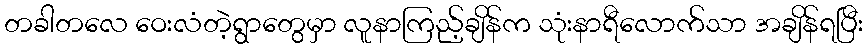
တခါတလေ ဝေးလံတဲ့ရွာတွေမှာ လူနာကြည့်ချိန်က သုံးနာရီလောက်သာ အချိန်ရပြီး